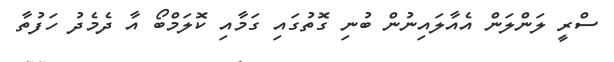
ސްރީ ލަންލަން އެއާލައިނުން ބުނި ގޮތުގައި ގަމާއި ކޮލަމްބޯ އާ ދެމެދު ހަފުތާ